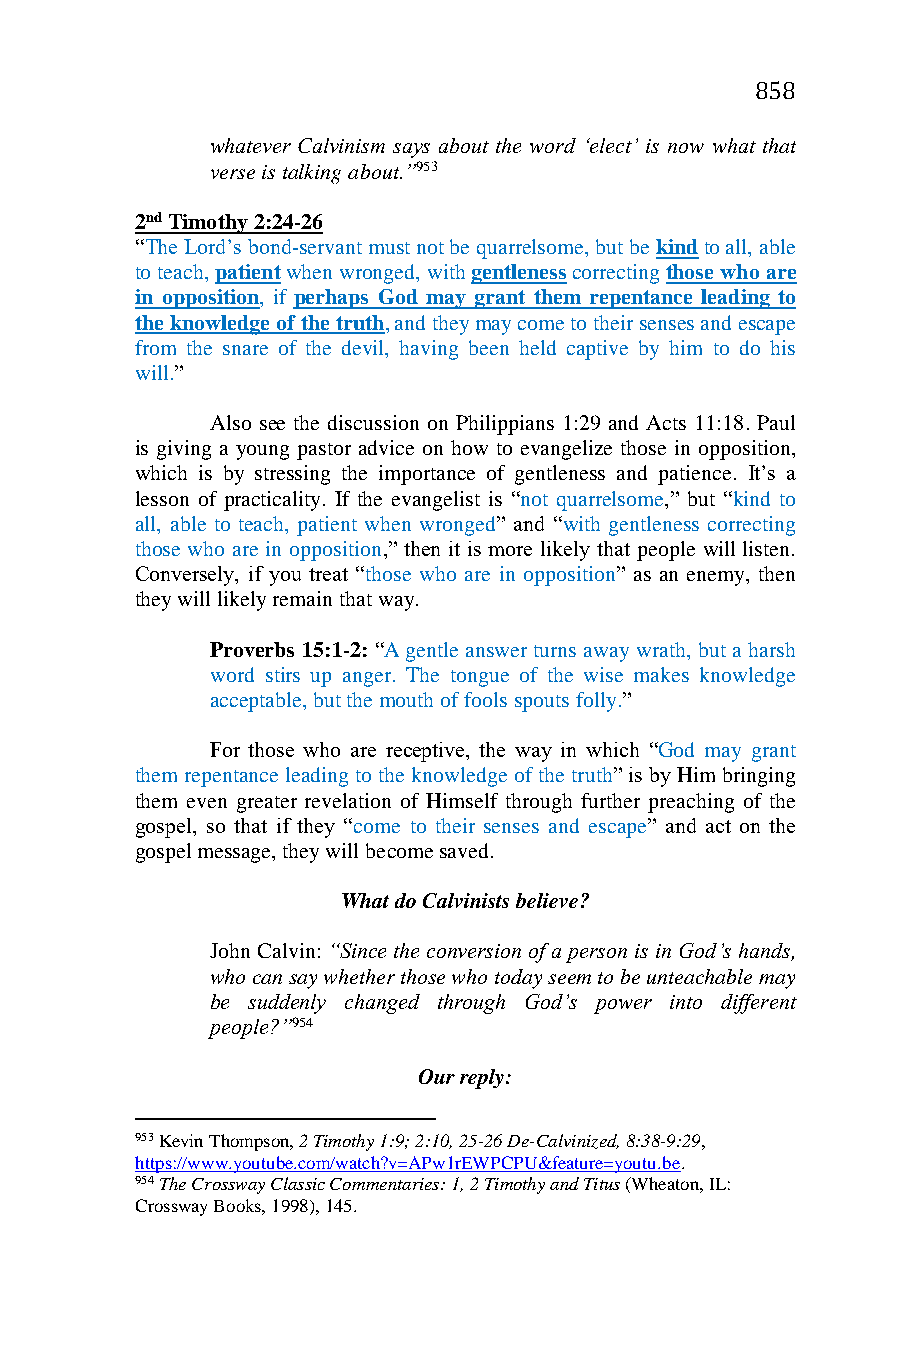
858
 whatever Calvinism says about the word ‘elect’ is now what that
 verse is talking about.”953
 2nd Timothy 2:24-26
 “The Lord’s bond-servant must not be quarrelsome, but be kind to all, able
 to teach, patient when wronged, with gentleness correcting those who are
 in opposition, if perhaps God may grant them repentance leading to
 the knowledge of the truth, and they may come to their senses and escape
 from the snare of the devil, having been held captive by him to do his
 will.”
 Also see the discussion on Philippians 1:29 and Acts 11:18. Paul
 is giving a young pastor advice on how to evangelize those in opposition,
 which is by stressing the importance of gentleness and patience. It’s a
 lesson of practicality. If the evangelist is “not quarrelsome,” but “kind to
 all, able to teach, patient when wronged” and “with gentleness correcting
 those who are in opposition,” then it is more likely that people will listen.
 Conversely, if you treat “those who are in opposition” as an enemy, then
 they will likely remain that way.
 Proverbs 15:1-2: “A gentle answer turns away wrath, but a harsh
 word stirs up anger. The tongue of the wise makes knowledge
 acceptable, but the mouth of fools spouts folly.”
 For those who are receptive, the way in which “God may grant
 them repentance leading to the knowledge of the truth” is by Him bringing
 them even greater revelation of Himself through further preaching of the
 gospel, so that if they “come to their senses and escape” and act on the
 gospel message, they will become saved.
 What do Calvinists believe?
 John Calvin: “Since the conversion of a person is in God’s hands,
 who can say whether those who today seem to be unteachable may
 be suddenly changed through God’s power into different
 people?”954
 Our reply:
 953 Kevin Thompson, 2 Timothy 1:9; 2:10, 25-26 De-Calvinized, 8:38-9:29,
 https://www.youtube.com/watch?v=APw1rEWPCPU&feature=youtu.be.
 954 The Crossway Classic Commentaries: 1, 2 Timothy and Titus (Wheaton, IL:
 Crossway Books, 1998), 145.